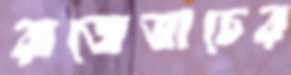
রাজেভাচের